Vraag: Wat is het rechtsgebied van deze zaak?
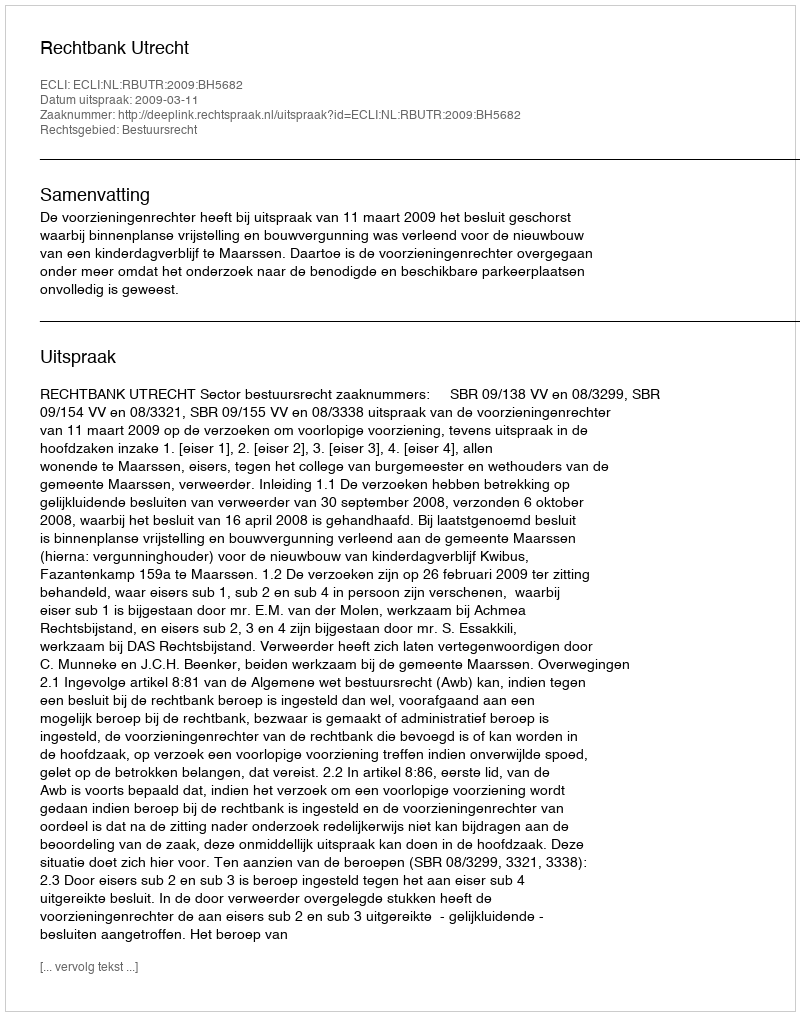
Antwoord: Bestuursrecht